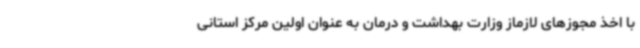
با اخذ مجوزهای لازماز وزارت بهداشت و درمان به عنوان اولین مرکز استانی